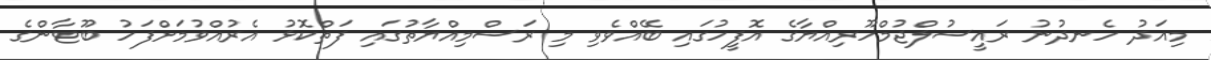
މިއަދު ހެނދުނު ރައީސުލްޖުމްހޫރިއްޔާގެ އޮފީހުގައި ބޭއްވެވި މި ރަސްމިއްޔާތުގައި ފަތްކޮޅު އެރުއްވުމަށްފަހު ބޫޓާންގެ